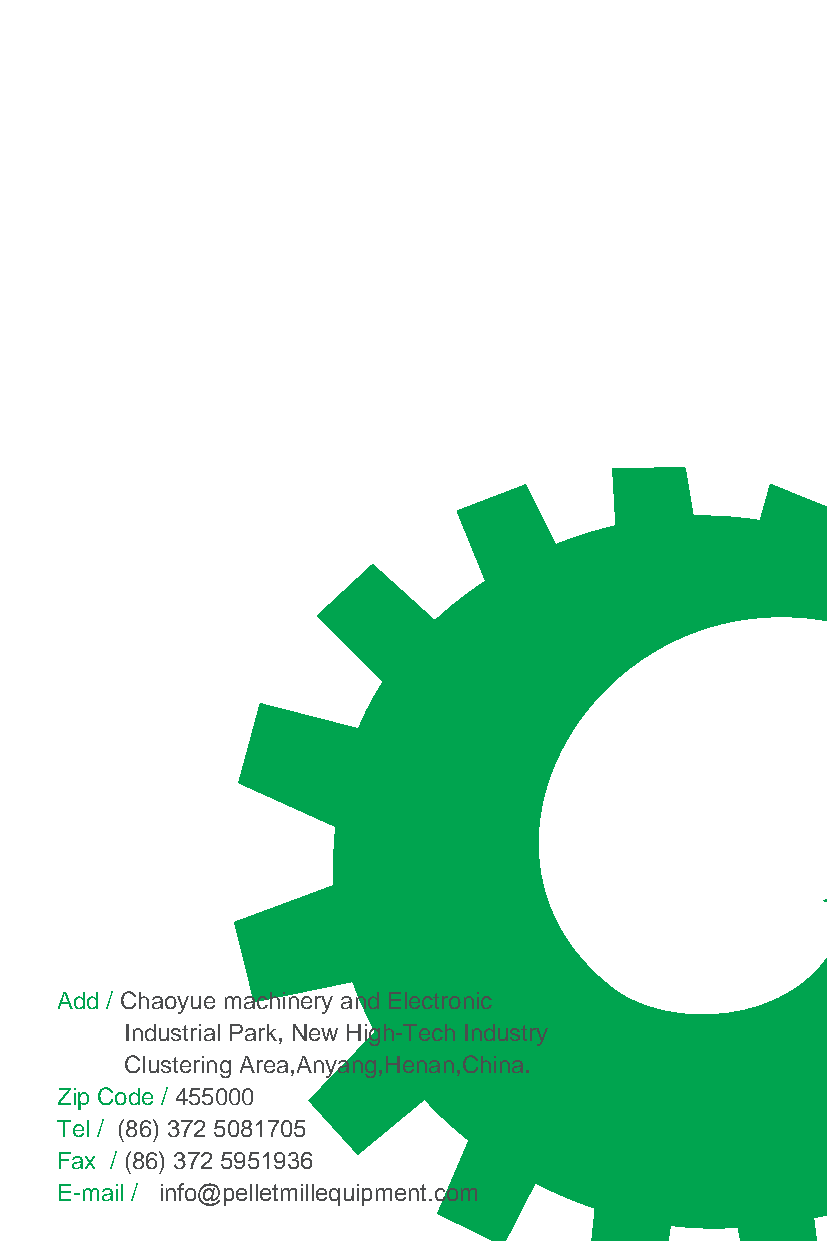
Add / Chaoyue machinery and Electronic
 Industrial Park, New High-Tech Industry
 Clustering Area,Anyang,Henan,China.
 Zip Code / 455000
 Tel / (86) 372 5081705
 Fax / (86) 372 5951936
 E-mail / info@pelletmillequipment.com